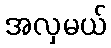
အလှမယ်